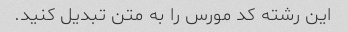
این رشته کد مورس را به متن تبدیل کنید.